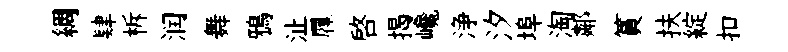
綢肄柝润舞鴉沚屧啓揭巉浄汐埠淘鄰篔扶綻扣